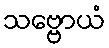
သဗ္ဗောယံ